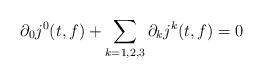
LaTeX: \begin{align*} \partial_0 j^0(t,f)+\sum_{k=1,2,3}\partial_kj^{k}(t,f)=0 \end{align*}